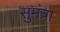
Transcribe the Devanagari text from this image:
सुमंत्रा